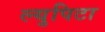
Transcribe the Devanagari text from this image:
ल्युपिटा